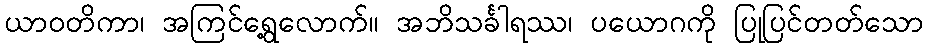
ယာဝတိကာ၊ အကြင်ရွေ့လောက်။ အဘိသင်္ခါရဿ၊ ပယောဂကို ပြုပြင်တတ်သော